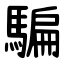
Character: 騙